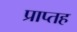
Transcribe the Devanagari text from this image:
प्राप्तह